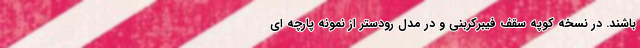
باشند. در نسخه کوپه سقف فیبرکربنی و در مدل رودستر از نمونه پارچه ای